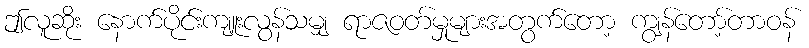
ဤလူဆိုး နောက်ပိုင်းကျူးလွန်သမျှ ရာဇဝတ်မှုများအတွက်တော့ ကျွန်တော့်တာဝန်